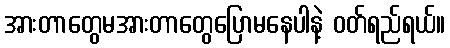
အားတာတွေမအားတာတွေပြောမနေပါနဲ့ ဝတ်ရည်ရယ်။